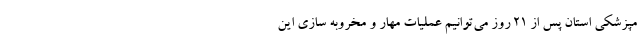
مپزشکی استان پس از ۲۱ روز می‌توانیم عملیات مهار و مخروبه سازی این